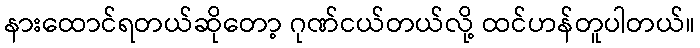
နားထောင်ရတယ်ဆိုတော့ ဂုဏ်ငယ်တယ်လို့ ထင်ဟန်တူပါတယ်။